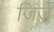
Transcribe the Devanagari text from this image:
जिंज़ें